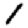
Digit: 1